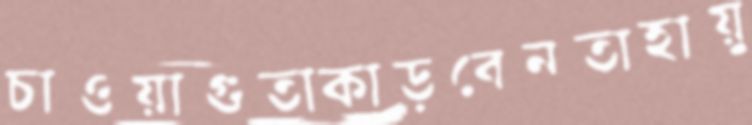
চাওয়াগুতাকাড়বেনতাহায়ু